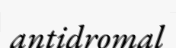
antidromal